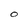
Character: O